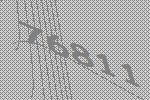
76811